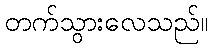
တက်သွားလေသည်။